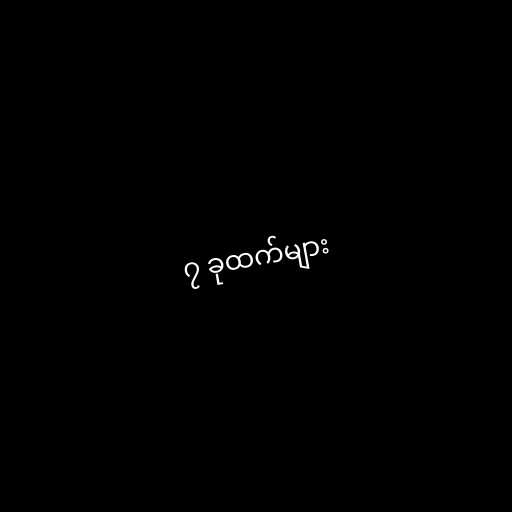
၇ ခုထက်များ